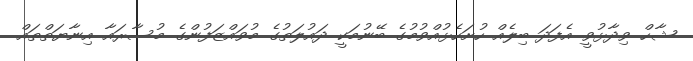
ޝާހް ވިދާޅުވީ އެފަދަ ބިލެއް ހުށަހެޅުއްވުމުގެ ބޭނުމަކީ ދައުލަތުގެ މުވައްޒަފުންގެ މުސާރައާ އިނާޔަތްތައް